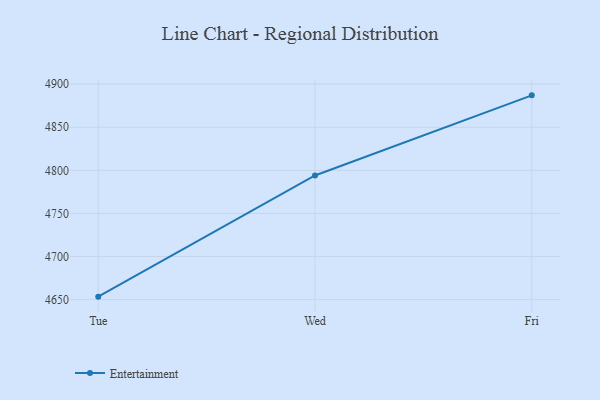
{"axis": {"x": "Day", "y": "Headcount"}, "legend": ["Entertainment"], "data": [{"x": "Tue", "y": 4653.4, "type": "Entertainment"}, {"x": "Wed", "y": 4794.0, "type": "Entertainment"}, {"x": "Fri", "y": 4887.0, "type": "Entertainment"}]}